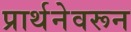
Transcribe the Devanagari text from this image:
प्रार्थनेवरून